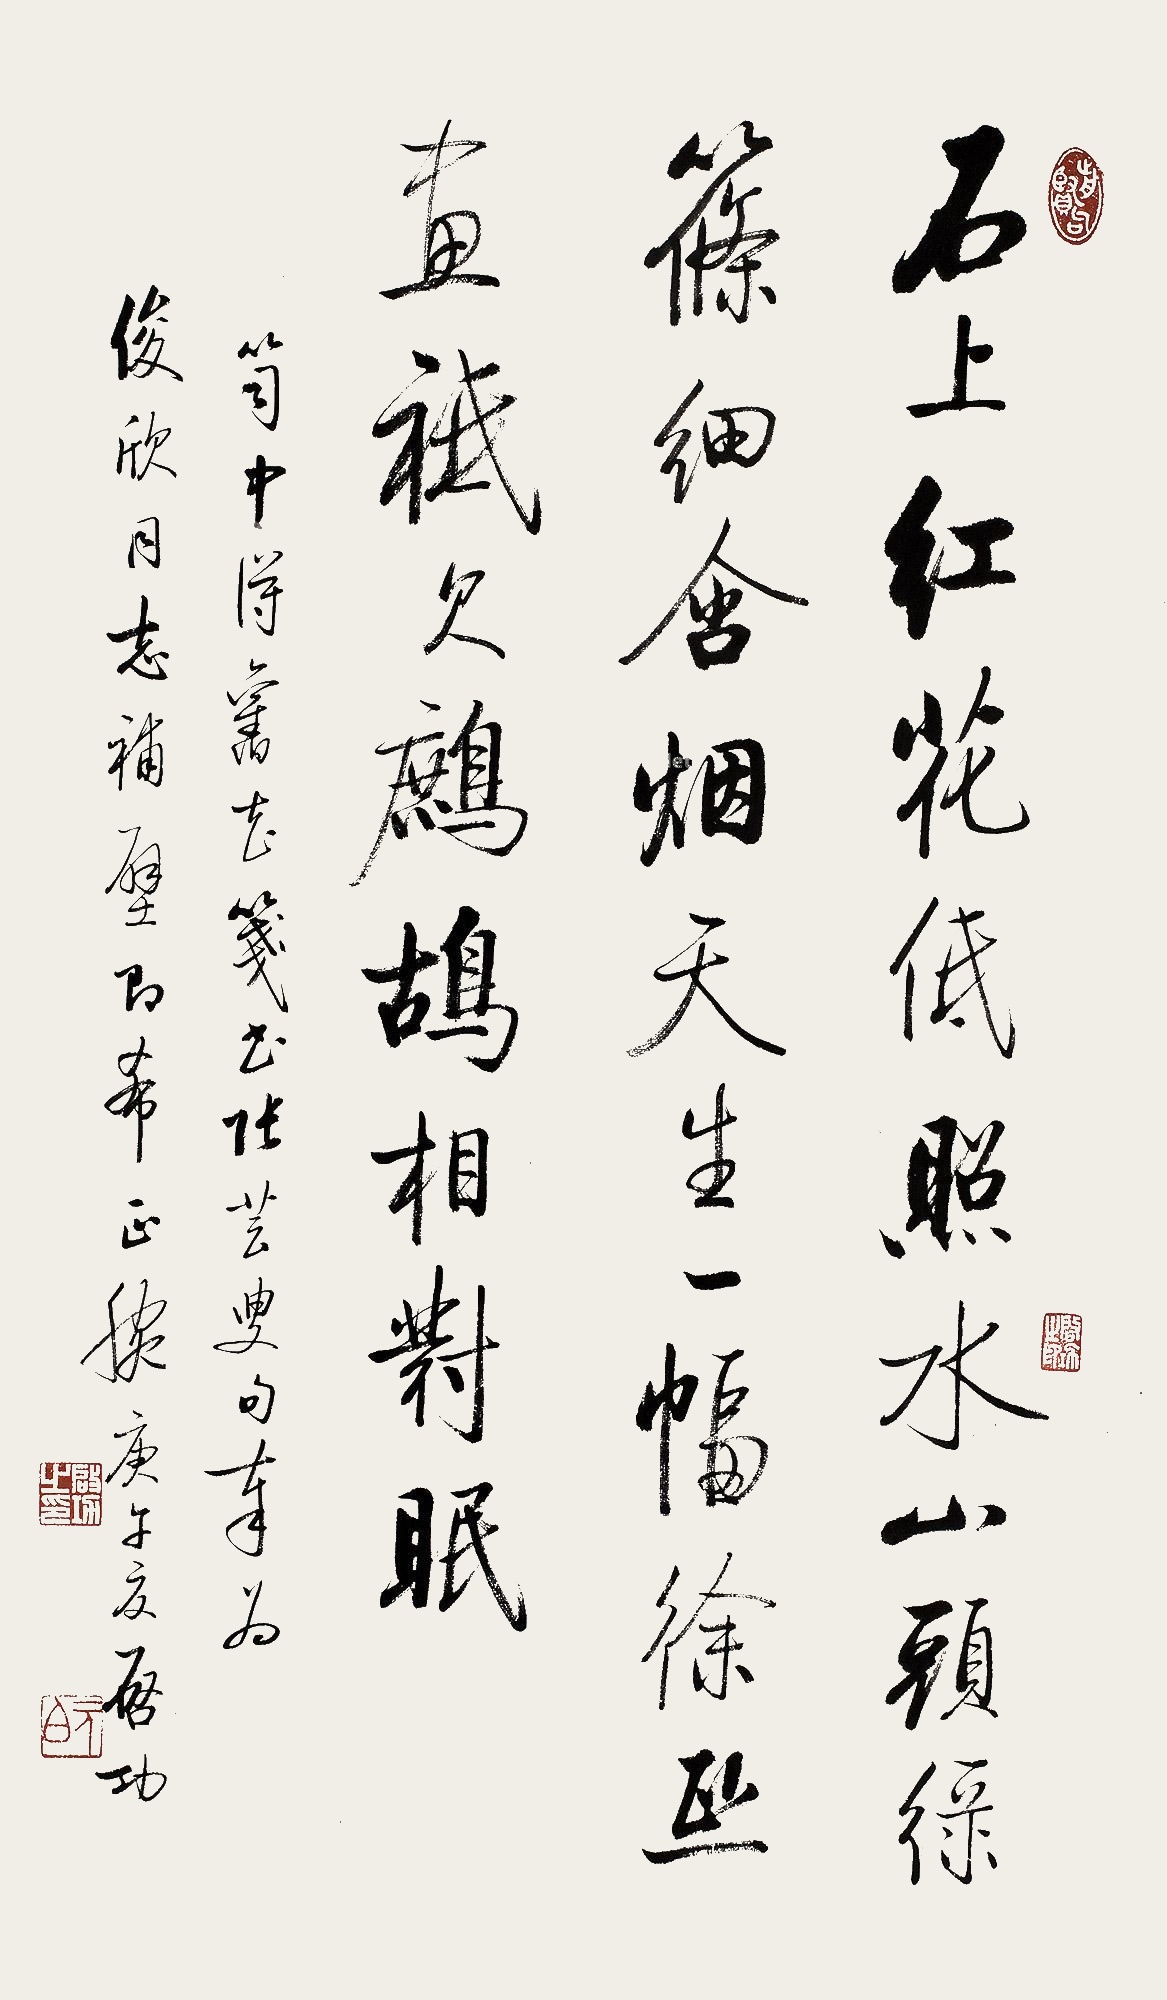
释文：石上红花低照水，山头绿筱细含烟。天生一幅徐熙画，祗欠鹧鸪相对眠。笥中得旧花笺，书张芸叟句，奉为俊欣同志补壁，即希正腕，庚午（1990年）夏，启功。